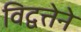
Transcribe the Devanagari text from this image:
विद्वत्तेने